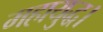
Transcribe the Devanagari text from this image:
महायुद्ध।